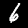
Digit: 6